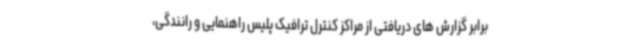
برابر گزارش های دریافتی از مراکز کنترل ترافیک پلیس راهنمایی و رانندگی،